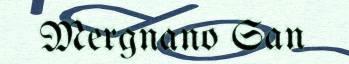
Mergnano San